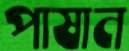
পাষান